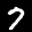
Label: 7